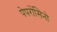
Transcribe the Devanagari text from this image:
पेपरोंसिनो